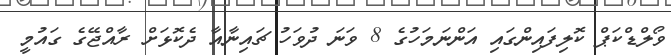
ވޯލްޑްކަޕް ކޮލިފައިންގައި އަންނަމަހުގެ 8 ވަނަ ދުވަހު ޗައިނާއާ ދެކޮޅަށް ރާއްޖޭގެ ގައުމީ